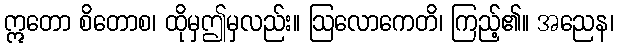
ဣတော စိတောစ၊ ထိုမှဤမှလည်း။ ဩလောကေတိ၊ ကြည့်၏။ အညေန၊